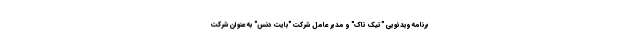
برنامه ویدئویی "تیک تاک" و مدیر عامل شرکت "بایت دنس" به عنوان شرکت